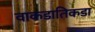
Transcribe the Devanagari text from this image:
वाकडातिकडा